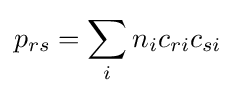
p_{rs}=\sum _{i}n_{i}c_{ri}c_{si}